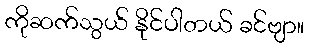
ကိုဆက်သွယ် နိုင်ပါတယ် ခင်ဗျာ။